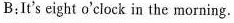
B:It's eight o'clock in the morning.